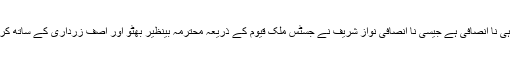
یہ ویسی ہی نا انصافی ہے جیسی نا انصافی نواز شریف نے جسٹس ملک قیوم کے ذریعہ محترمہ بینظیر بھٹو اور آصف زرداری کے ساتھ کرائی تھی۔